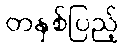
တနှစ်ပြည့်